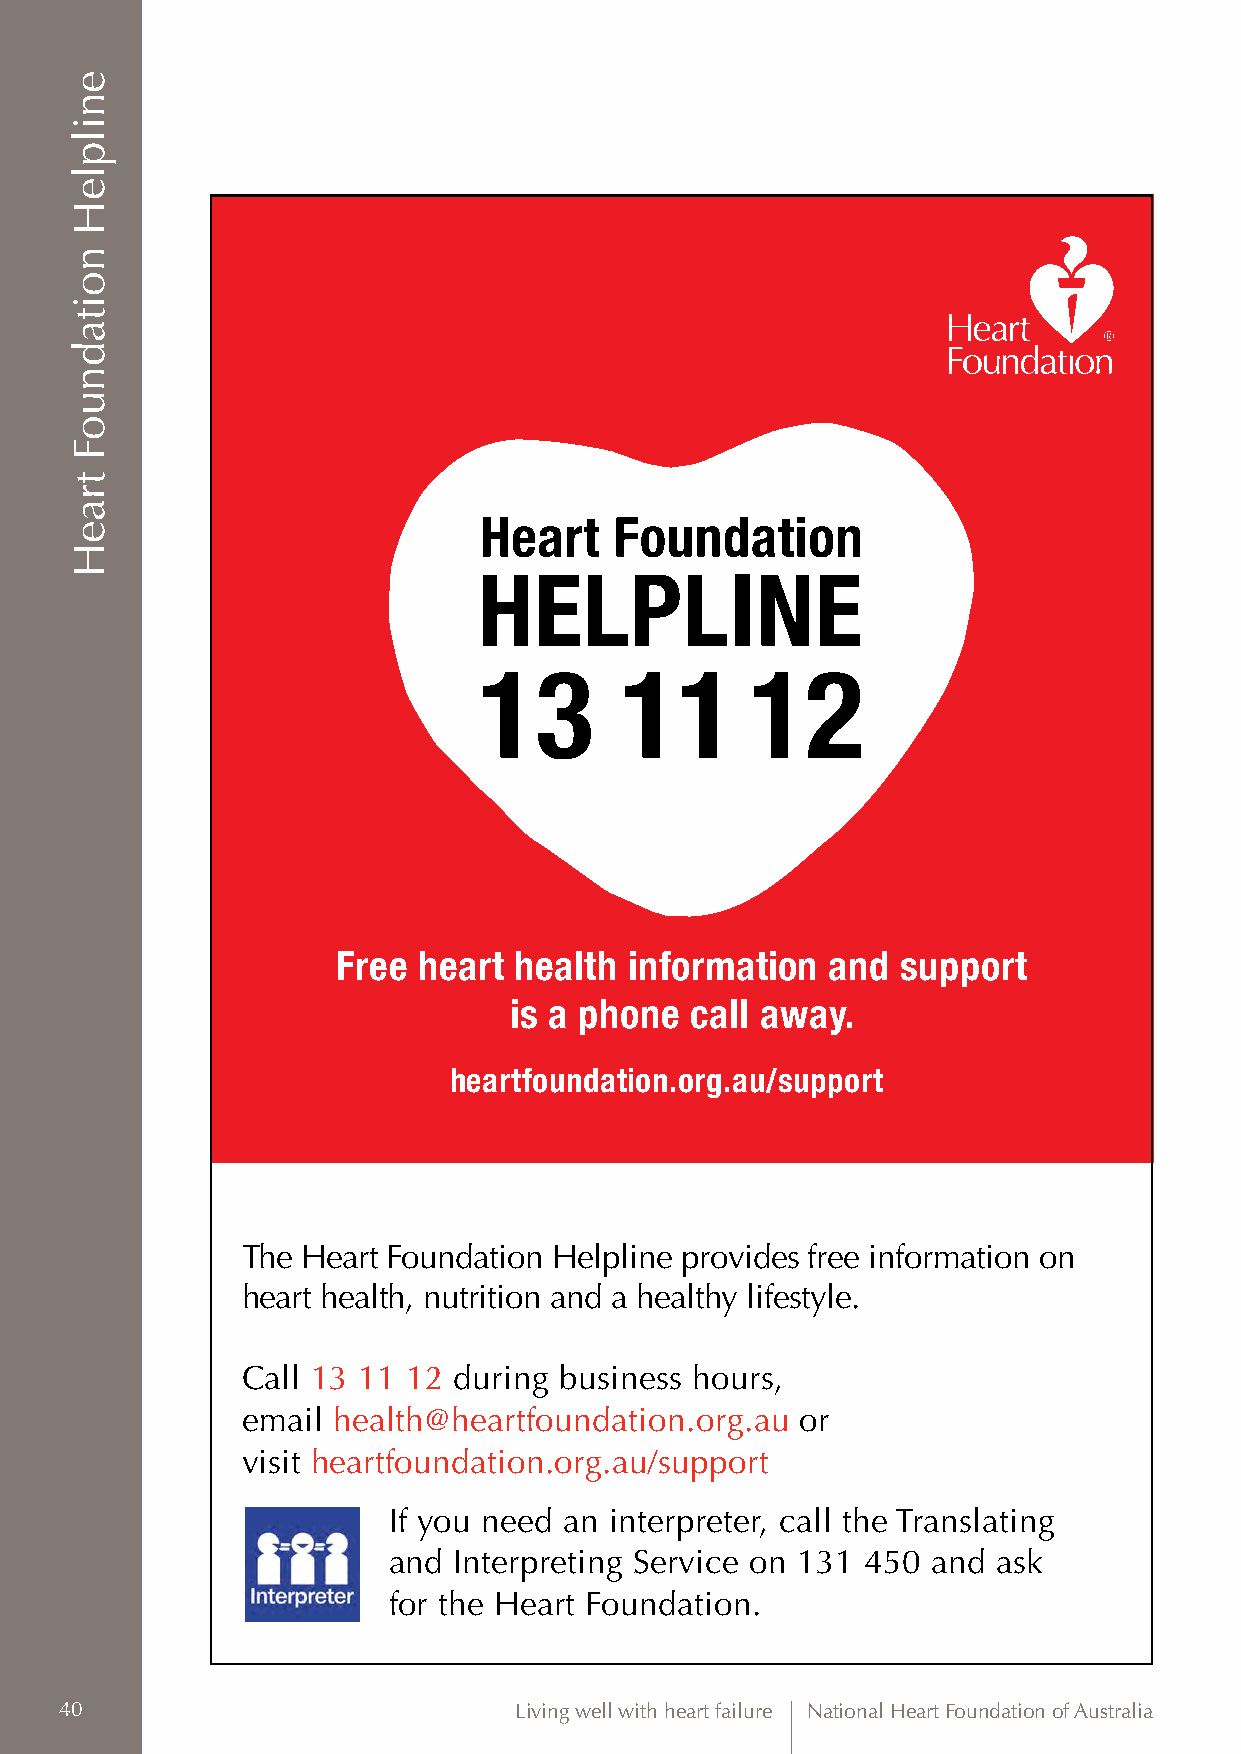
Heart    Foundation
 HELPLINE
 13       11       12
 Free  heart health  information  and  support
 is a phone  call away.
 heartfoundation.org.au/support
 The Heart Foundation Helpline provides free information on
 heart health, nutrition and a healthy lifestyle.
 Call 13 11 12 during business hours,
 email health@heartfoundation.org.au  or
 visit heartfoundation.org.au/support
 If you need an interpreter, call the Translating
 and Interpreting Service on 131 450 and ask
 for the Heart Foundation.
 40                            Living well with heart failure National Heart Foundation of Australia
 enilpleH
 noitadnuoF
 traeH